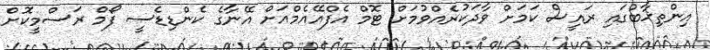
އިންތިޚާބުގައި ރައީސް ކަމަށް ވާދަކުރެއްވުމަށް ޓޮމް އެފްއޭއެމްއަށް އޭނާގެ ކެންޑިޑެސީ ފޯމް ރަސްމީކޮށް